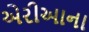
એરીઆના